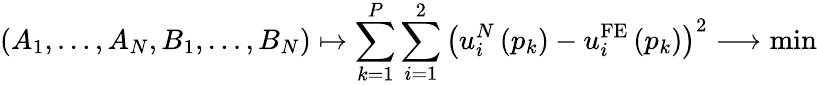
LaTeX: \left(A_{1},\dots,A_{N},B_{1},\dots,B_{N}\right)\mapsto\sum_{k=1}^{P}\sum_{i=1}^{2}\left(u_{i}^{N}\left(p_{k}\right)-u_{i}^{\mathrm{FE}}\left(p_{k}\right)\right)^{2}\longrightarrow\mathrm{min}